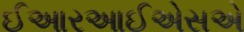
ઈઆરઆઈએસએ